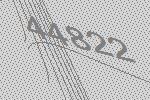
44822